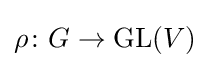
\rho \colon G\to \mathrm {GL} (V)